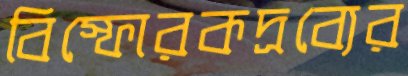
বিস্ফোরকদ্রব্যের